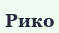
Рико